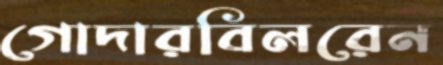
গোদারবিলরেন